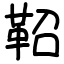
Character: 鞀